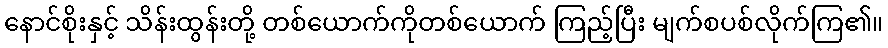
နောင်စိုးနှင့် သိန်းထွန်းတို့ တစ်ယောက်ကိုတစ်ယောက် ကြည့်ပြီး မျက်စပစ်လိုက်ကြ၏။